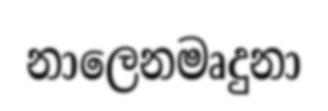
නාලෙනමෘදුනා